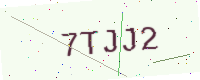
Text: 7TJJ2